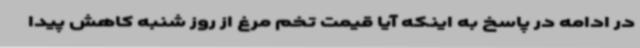
در ادامه در پاسخ به اینکه آیا قیمت تخم مرغ از روز شنبه کاهش پیدا